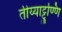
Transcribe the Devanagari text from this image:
तीय्याट्टुण्णि